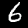
Label: 6